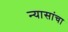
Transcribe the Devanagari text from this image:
न्यासांचा